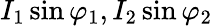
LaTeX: I_{1}\sin\varphi_{1},I_{2}\sin\varphi_{2}